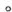
。